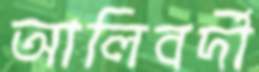
আলিবর্দী